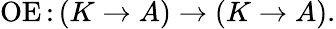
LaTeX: \operatorname{OE}{\mathrel{:}}\left(K\to A\right)\to\left(K\to A\right).